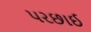
પરછાઈ